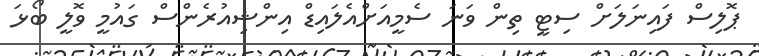
ޕޮލިސް ފައިނަލަށް ސިޓީ ތިން ވަނަ ސެމީއަށްއެލައިޑް އިންޝިއުރެންސް ގައުމީ ވޮލީ ބޯޅަ